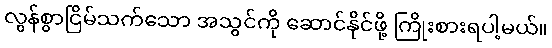
လွန်စွာငြိမ်သက်သော အသွင်ကို ဆောင်နိုင်ဖို့ ကြိုးစားရပါ့မယ်။